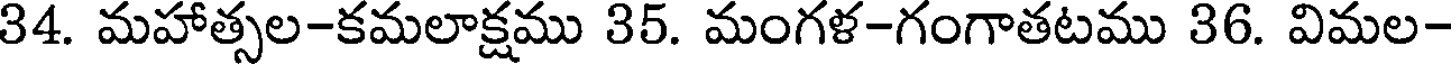
34. మహాత్సల-కమలాక్షము 35. మంగళ-గంగాతటము 36. విమల-